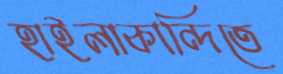
হাইলাকান্দিতে